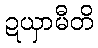
ဍယှာမီတိ